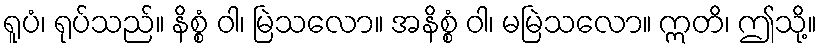
ရူပံ၊ ရုပ်သည်။ နိစ္စံ ဝါ၊ မြဲသလော။ အနိစ္စံ ဝါ၊ မမြဲသလော။ ဣတိ၊ ဤသို့။